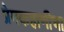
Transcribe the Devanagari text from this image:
प्रेमकहाणीचा